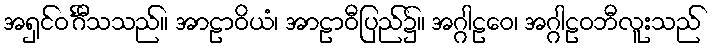
အရှင်ဝင်္ဂီသသည်။ အာဠာဝိယံ၊ အာဠာဝီပြည်၌။ အဂ္ဂါဠဝေ၊ အဂ္ဂါဠဝဘီလူးသည်